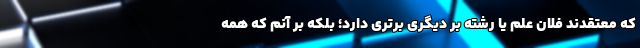
که معتقدند فلان علم یا رشته بر دیگری برتری دارد؛ بلکه بر آنم که همه